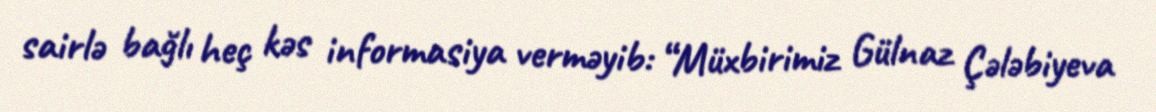
sairlə bağlı heç kəs informasiya verməyib: “Müxbirimiz Gülnaz Çələbiyeva